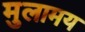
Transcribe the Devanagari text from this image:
मुलामय